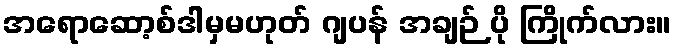
အရောဆော့စ်ဒါမှမဟုတ် ဂျပန် အချဉ် ပို ကြိုက်လား။